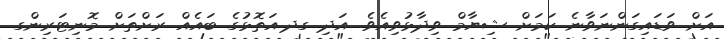
އަށް ވަޑައިގަންނަވާނެ ކަމަށް ޝިޔާމް ވިދާޅުވިއެވެ. އަދި ގދ.އަތޮޅުގެ ބައެއް ރަށްތަށް މޮނިޓަރިންގ